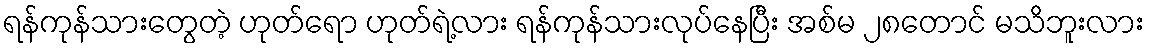
ရန်ကုန်သားတွေတဲ့ ဟုတ်ရော ဟုတ်ရဲ့လား ရန်ကုန်သားလုပ်နေပြီး အစ်မ ၂၈တောင် မသိဘူးလား